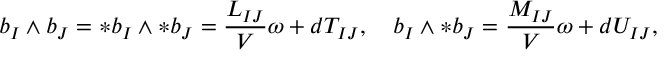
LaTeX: b _ { I } \wedge b _ { J } = \ast b _ { I } \wedge \ast b _ { J } = \frac { L _ { I J } } { \cal V } \omega + d T _ { I J } , \quad b _ { I } \wedge \ast b _ { J } = \frac { M _ { I J } } { \cal V } \omega + d U _ { I J } ,